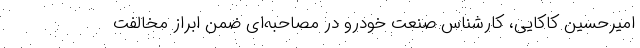
امیرحسین کاکایی، کارشناس صنعت خودرو در مصاحبه‌ای ضمن ابراز مخالفت